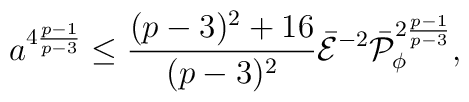
a^{4{{p-1}\over{p-3}}}\leq {{(p-3)^2+16}\over{(p-3)^2}}\bar{\cal E}^{-2}\bar{\cal P}^{2{{p-1}\over{p-3}}}_{\phi},